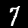
Digit: 7